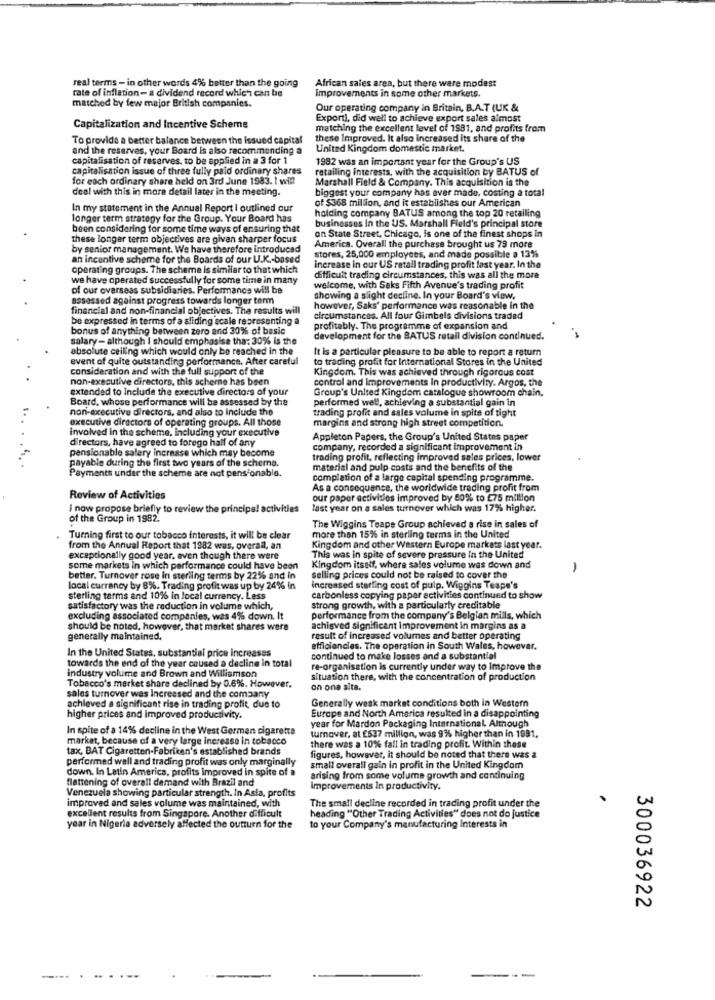
real terms - in other words 4% better than the going
African sales area, but there were modest
rate of inflation- a dividend record which can be
Improvements in some other markets.
matched by few major British companies.
Our operating company in Britain, B.A.T (UK &
Exporti, did well to achieve export sales almost
Capitalization and Incentive Scheme
matching the excellent level of 1981, and profits from
To provide a better balance between the issued capital
these Improved. It also increased its share of the
and the reserves, your Board is also recommending a
United Kingdom domestic market.
capitalisation of reserves, to be applied in a 3 for 1
1982 was an important year for the Group's US
capitalisation issue of three fully paid ordinary shares
retailing interests, with the acquisition by BATUS of
for each ordinary share held on 3rd June 1983. 1 with
Marshall Field & Company. This acquisition is the
deal with this in more detail later in the meeting.
biggest your company has ever made, costing a total
of $368 million, and it establishes our American
In my statement in the Annual Report I outlined our
holding company BATUS among the top 20 retailing
longer term strategy for the Group. Your Board has
been considering for some time ways of ensuring that
businesses in the US. Marshall Field's principal store
these longer term objectives are given sharper focus
on State Street, Chicago, is one of the finest shops in
by senior management. We have therefore introduced
America. Overall the purchase brought us 79 more
an incentive scheme for the Boards of our U.K .- based
stores, 25,000 employees, and made possible a 13%
operating groups. The scheme is similar to that which
increase in our US ratail trading profit last year. In the
we have operated successfully for some time in many
difficult trading circumstances, this was all the more
of our overseas subsidiaries. Performance will be
welcome, with Saks Fifth Avenue's trading profit
assessed against progress towards longer term
showing a slight decline. In your Board's view.
financial and non-financial objectives. The results will
however, Saks' performance was reasonable in the
be expressed in terms of a sliding scale representing a
circumstances. All four Gimbels divisions traded
bonus of anything between zero and 30% of basic
profitably. The programme of expansion and
salary- although I should emphasise tha: 30% Is the
development for the BATUS retail division continued.
absolute ceiling which would only be reached in the
It is a particular pleasure to be able to report a return
event of quite outstanding performance. After caretul
to trading profit for International Stores in the United
consideration and with the full support of the
Kingdom. This was achieved through rigorous cost
non-executive directors. this scheme has been
control and Improvements in productivity. Argos, the
extended to include the executive directors of your
Group's United Kingdom catalogue showroom chain.
Board, whose performance will be assessed by the
performed well, achieving a substantial gain in
non-executive directors, and also to Include the
trading profit and sales volume in spite of tight
executive directors of operating groups. All those
margins and strong high street competition.
involved in the scheme, including your executive
directors, have agreed to forego half of any
Appleton Papers, the Group's United States paper
pensionable salery increase which may become
company, recorded a significant improvement in
payable during the first two years of the scheme.
trading profit, reflecting improved sales prices, lower
Payments under the scheme are not pensionable.
material and pulp costs and the benefits of the
completion of a large capital spending programme.
As a consequence, the worldwide trading profit from
Review of Activities
our paper activities improved by 80% to £75 million
I now propose briefly to review the principe! a
Ites
last year on a sales turnover which was 17% higher.
of the Group in 1982.
The Wiggins Teape Group achieved a rise in sales of
Turning first to our tobacco interests, it will be clear
more than 15% in sterling terms in the United
from the Annual Report that 1982 was, overall, an
Kingdom and other Western Europe markets last year.
exceptionally good year, even though there were
This was in spite of severe pressure In the United
some markets in which performance could have been
Kingdom itself, where sales volume was down and
-
better. Turnover rose in sterling terms by 22% and in
selling prices could not be raised to cover the
local currency by 8%. Trading profit was up by 24% in
Increased sterling cost of pulp. Wiggins Teape's
sterling terms and 10% in local currency. Less
carbonless copying paper activities continued to show
satisfactory was the reduction in volume which,
strong growth, with a particularly creditable
excluding associated companies, was 4% down. It
performance from the company's Belgian mills, which
should be noted, however, that market shares were
achieved significant improvement in margins as a
generally maintained.
result of increased volumes and better operating
In the United States, substantial price increases
efficiencies. The operation in South Wales, however.
towards the end of the year caused a decline in total
continued to make losses and a substantial
industry volume and Brown and Williamson
re-organisation is currently under way to Improve the
situation there, with the concentration of production
sales turnover was Increased and the company
Tobacco's market share declined by 0.6%. However.
on one sits.
Generally wesk market conditions both in Western
achieved a significant rise in trading profit, due to
higher prices and improved productivity.
Europe and North America resulted in a disappointing
In spite of a 14% decline in the West German cigarette
year for Mardon Packaging International. Although
market, because of a very large increase in tobacco
turnover, at £537 million, was 9%% higher than in 1991.
tax, BAT Cigaretten-Fabriken's established brands
there was a 10% fall in trading profit. Within these
performed well and trading profit was only marginally
figures, however, it should be noted that there was a
down. In Latin America, profits Improved in spite of a
small overall gain in profit in the United Kingdom
flattening of overall demand with Brazil and
arising from some volume growth and continuing
Venezuela showing particular strength. In Asia, profits
improvements In productivity.
improved and sales volume was maintained, with
The small decline recorded in trading profit under the
excellent results from Singapore. Another difficult
to your Company's manufacturing Interests in
heading "Other Trading Activities" does not do justice
year in Nigeria adversely affected the outturn for the
300036922
-----.